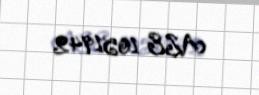
AZE 1051942